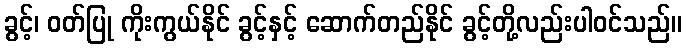
ခွင့်၊ ဝတ်ပြု ကိုးကွယ်နိုင် ခွင့်နှင့် ဆောက်တည်နိုင် ခွင့်တို့လည်းပါဝင်သည်။